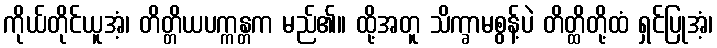
ကိုယ်တိုင်ယူအံ့၊ တိတ္တိယပက္ကန္တက မည်၏။ ထို့အတူ သိက္ခာမစွန့်ပဲ တိတ္ထိတို့ထံ ရှင်ပြုအံ့၊